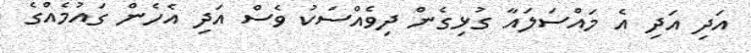
އަދި އަދި އެ މައްސަލައާ ގުޅިގެން ދިވެއްސަކު ވެސް އަދި އެހެން ގައުމެއްގެ